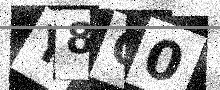
Text: Y8Q0